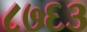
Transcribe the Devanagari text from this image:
८७६३